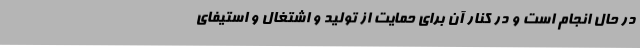
در حال انجام است و در کنار آن برای حمایت از تولید و اشتغال و استیفای